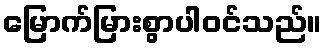
မြောက်မြားစွာပါဝင်သည်။